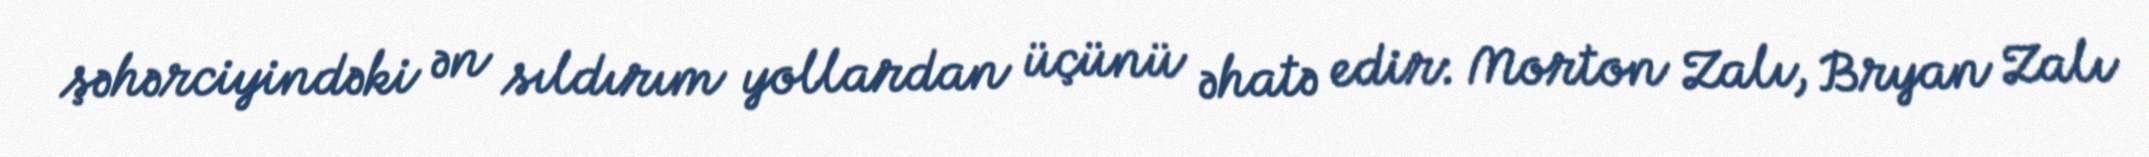
şəhərciyindəki ən sıldırım yollardan üçünü əhatə edir: Morton Zalı, Bryan Zalı